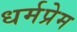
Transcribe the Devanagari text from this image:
धर्मप्रेम